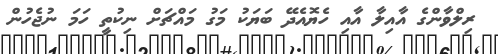
ރިލްވާންގެ އާއިލާ އާއި ހެޔޮއެދޭ ބަޔަކު މަގު މައްޗަށް ނިކުތީ ހަމަ ނުޖެހުން